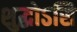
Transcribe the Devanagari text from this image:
शुद्धोऽसि